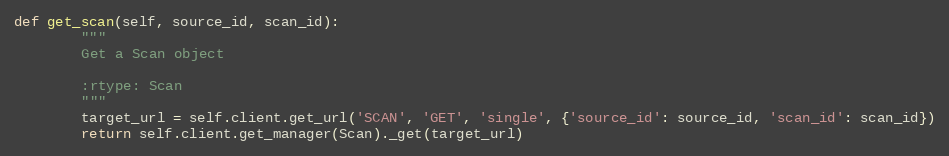
Language: Python
def get_scan(self, source_id, scan_id):
        """
        Get a Scan object

        :rtype: Scan
        """
        target_url = self.client.get_url('SCAN', 'GET', 'single', {'source_id': source_id, 'scan_id': scan_id})
        return self.client.get_manager(Scan)._get(target_url)